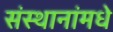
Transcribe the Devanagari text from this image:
संस्थानांमधे